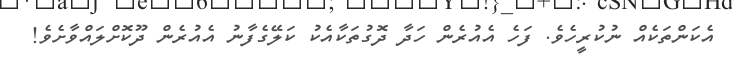
އެކަންތަކެއް ނުކުރީހެވެ. ފަހެ އެއުރެން ހަދާ ދޮގުތަކާއެކު ކަލޭގެފާނު އެއުރެން ދޫކޮށްލައްވާށެވެ!